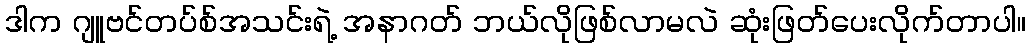
ဒါက ဂျူဗင်တပ်စ်အသင်းရဲ့ အနာဂတ် ဘယ်လိုဖြစ်လာမလဲ ဆုံးဖြတ်ပေးလိုက်တာပါ။